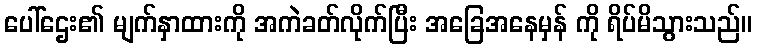
ပေါ်ဌေး၏ မျက်နှာထားကို အကဲခတ်လိုက်ပြီး အခြေအနေမှန် ကို ရိပ်မိသွားသည်။